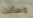
وسألت